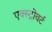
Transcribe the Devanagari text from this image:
एक्स्ट्रोवर्ट